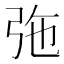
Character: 㢮